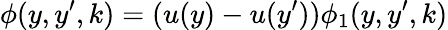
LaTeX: \phi(y,y^{\prime},k)=(u(y)-u(y^{\prime}))\phi_{1}(y,y^{\prime},k)